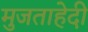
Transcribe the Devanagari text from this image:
मुजताहेदी